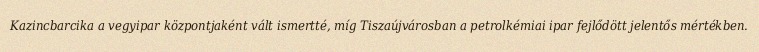
Kazincbarcika a vegyipar központjaként vált ismertté, míg Tiszaújvárosban a petrolkémiai ipar fejlődött jelentős mértékben.